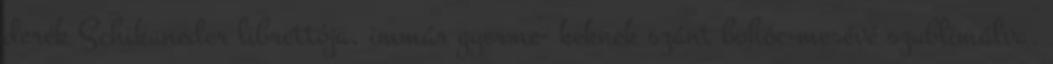
derék Schikaneder librettója, immár gyerme- keknek szánt bohóc-mesévé szublimálva,